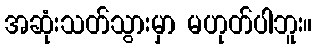
အဆုံးသတ်သွားမှာ မဟုတ်ပါဘူး။